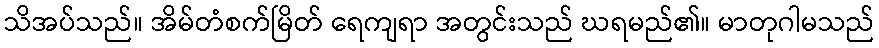
သိအပ်သည်။ အိမ်တံစက်မြိတ် ရေကျရာ အတွင်းသည် ဃရမည်၏။ မာတုဂါမသည်